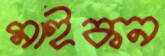
মাইকন